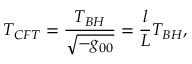
T _ { C F T } = \frac { T _ { B H } } { \sqrt { - g _ { 0 0 } } } = \frac { l } { L } T _ { B H } ,